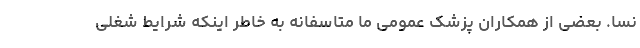
نسا. بعضی از همکاران پزشک عمومی ما متاسفانه به خاطر اینکه شرایط شغلی